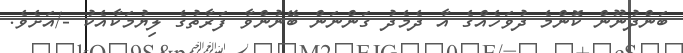
ބަންދުނޫން ކޮންމެ ދުވަހެއްގެ އާ ދެމެދު ގަންނަން ބޭނުންވާ ފަރާތުގެ ލިޔުމަކާއެކު -/އަށެވެ.